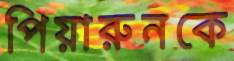
পিয়ারুনকে